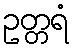
ဥတ္တရံ